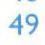
49